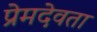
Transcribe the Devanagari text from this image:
प्रेमदेवता